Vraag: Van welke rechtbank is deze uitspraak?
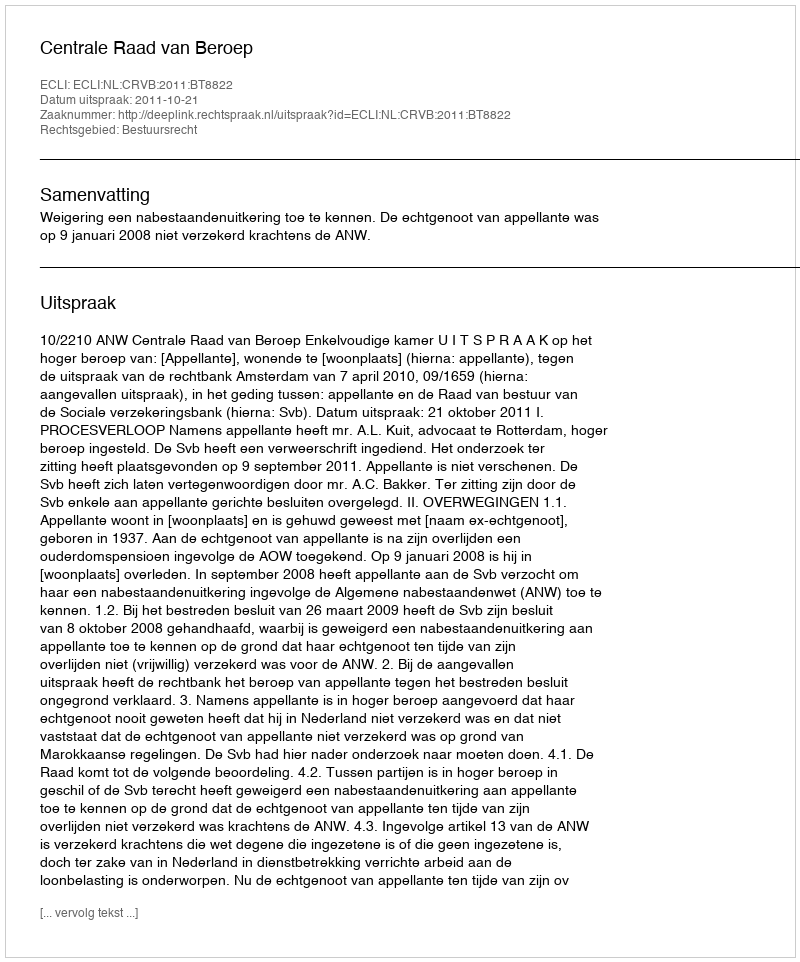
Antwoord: Centrale Raad van Beroep